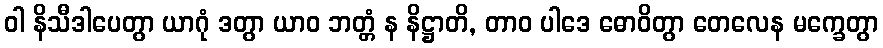
ဝါ နိသီဒါပေတွာ ယာဂုံ ဒတွာ ယာဝ ဘတ္တံ န နိဋ္ဌာတိ, တာဝ ပါဒေ ဓောဝိတွာ တေလေန မက္ခေတွာ